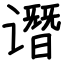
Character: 谮